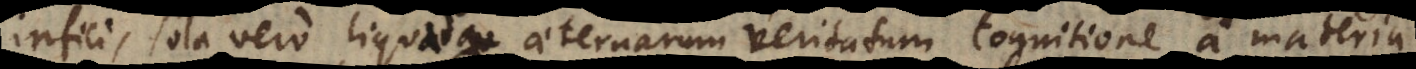
infici, sola vero liquida aeternarum veritatum cognitione a materia